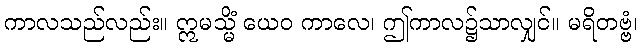
ကာလသည်လည်း။ ဣမသ္မိံ ယေဝ ကာလေ၊ ဤကာလ၌သာလျှင်။ မရိတဗ္ဗံ၊